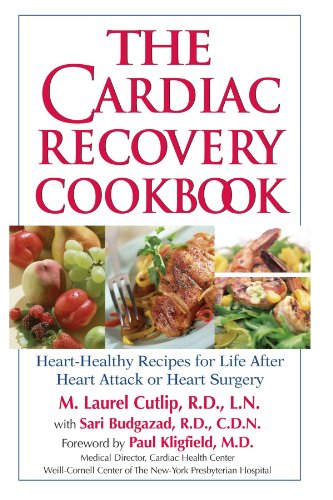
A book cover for The Cardiac Recovery Cookbook: Heart Healthy Recipes for Life After Heart Attack or Heart Surgery; RD, CDN ari Budgazad; Cookbooks, Food & Wine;